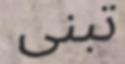
تبنى